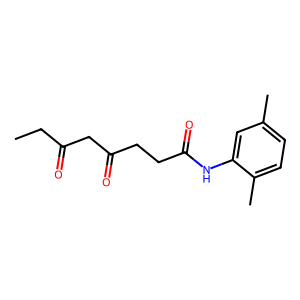
SMILES: CCC(=O)CC(=O)CCC(=O)Nc1cc(C)ccc1C
Inhibits HIV replication: No